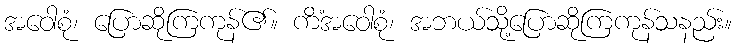
အဝေါစုံ၊ ပြောဆိုကြကုန်၏။ ကိံအဝေါစုံ၊ အဘယ်သို့ပြောဆိုကြကုန်သနည်း။